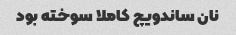
نان ساندویچ کاملا سوخته بود